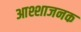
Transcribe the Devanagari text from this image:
आश्शाजनक